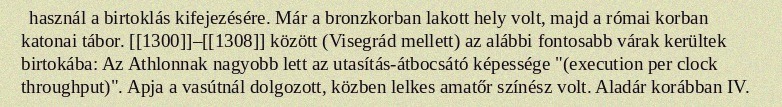
használ a birtoklás kifejezésére. Már a bronzkorban lakott hely volt, majd a római korban katonai tábor. [[1300]]–[[1308]] között (Visegrád mellett) az alábbi fontosabb várak kerültek birtokába: Az Athlonnak nagyobb lett az utasítás-átbocsátó képessége "(execution per clock throughput)". Apja a vasútnál dolgozott, közben lelkes amatőr színész volt. Aladár korábban IV.